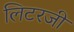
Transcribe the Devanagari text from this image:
लिटरजी